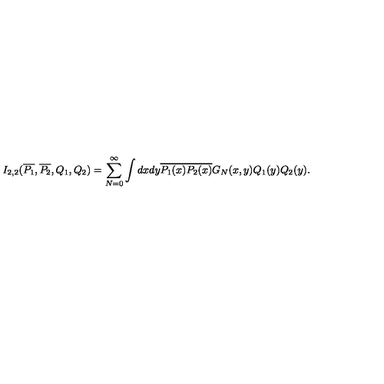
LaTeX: I _ { 2 , 2 } ( \overline { { P _ { 1 } } } , \overline { { P _ { 2 } } } , Q _ { 1 } , Q _ { 2 } ) = \sum _ { N = 0 } ^ { \infty } \int d x d y \overline { { P _ { 1 } ( x ) } } \overline { { P _ { 2 } ( x ) } } G _ { N } ( x , y ) Q _ { 1 } ( y ) Q _ { 2 } ( y ) .